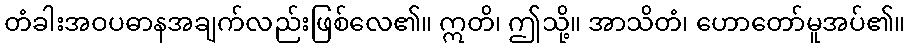
တံခါးအဝပဓာနအချက်လည်းဖြစ်လေ၏။ ဣတိ၊ ဤသို့။ အာသိတံ၊ ဟောတော်မူအပ်၏။